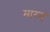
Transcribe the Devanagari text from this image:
मारन्